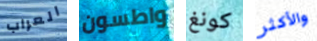
العراب واطسون كونغ والأكثر